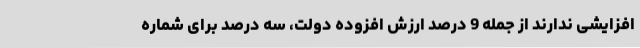
افزایشی ندارند از جمله 9 درصد ارزش افزوده دولت، سه درصد برای شماره